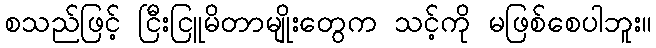
စသည်ဖြင့် ငြီးငြူမိတာမျိုးတွေက သင့်ကို မဖြစ်စေပါဘူး။